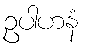
ဥပါဟနံ